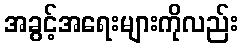
အခွင့်အရေးများကိုလည်း